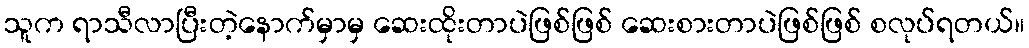
သူက ရာသီလာပြီးတဲ့နောက်မှာမှ ဆေးထိုးတာပဲဖြစ်ဖြစ် ဆေးစားတာပဲဖြစ်ဖြစ် စလုပ်ရတယ်။